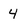
Character: 4